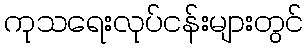
ကုသရေးလုပ်ငန်းများတွင်